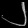
Digit: ၂